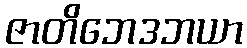
ဇာတိဘေဒဘယာ